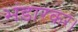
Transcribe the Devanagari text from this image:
भंडारकर।